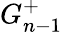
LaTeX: G_{n-1}^{+}